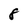
Character: 8